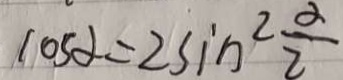
\cos \alpha = 2 \sin ^ { 2 } \frac { \alpha } { 2 }